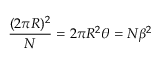
\frac { ( 2 \pi R ) ^ { 2 } } { N } = 2 \pi R ^ { 2 } \theta = N \beta ^ { 2 }